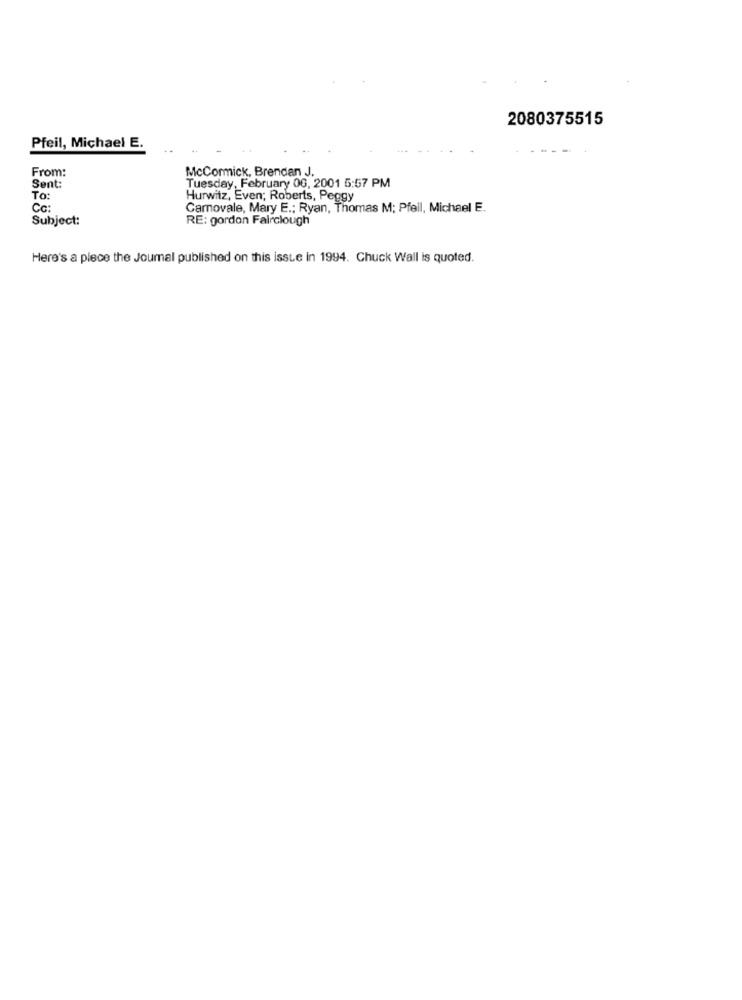
2080375515
Pfeil, Michael E.
From:
McCormick, Brendan J.
Tuesday, February 06, 2001 5:57 PM
Sent:
To:
Hurwitz, Even; Roberts, Peggy
Cc:
Carnovale, Mary E .: Ryan, Thomas M; Pfeil, Michael E.
Subject:
RE: gordon Fairclough
Here's a place the Journal published on this issue in 1994. Chuck Wall is quoted.